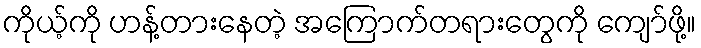
ကိုယ့်ကို ဟန့်တားနေတဲ့ အကြောက်တရားတွေကို ကျော်ဖို့။